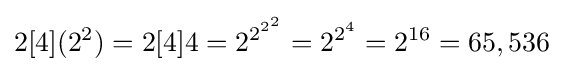
2[4](2^{2})=2[4]4=2^{2^{2^{2}}}=2^{2^{4}}=2^{16}=65,536